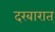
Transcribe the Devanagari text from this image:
दरबारात्